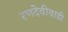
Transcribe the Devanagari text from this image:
रणदेवीवाडी